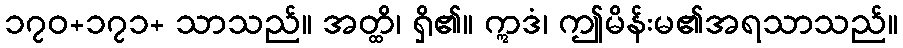
၁၇၀+၁၇၁+ သာသည်။ အတ္ထိ၊ ရှိ၏။ ဣဒံ၊ ဤမိန်းမ၏အရသာသည်။